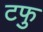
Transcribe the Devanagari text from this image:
टफु